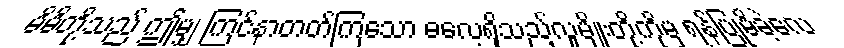
မိမိတို့သည် ဤမျှ ကြင်နာတတ်ကြသော ဓလေ့ရှိသည့်လူမျိုးတို့ကိုမှ ရန်ပြုမိခဲ့လေ